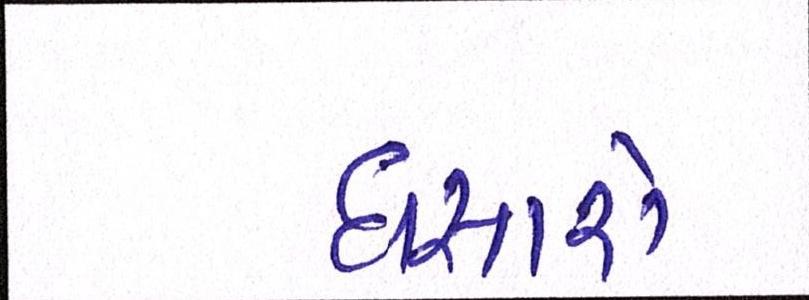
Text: ઘસારો